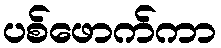
ပစ်ဖောက်ကာ